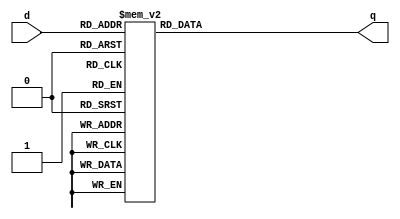
module _3_to_8_decoder(d, q);
input[2:0] d;
output reg[7:0] q;

always@(d) begin
case(d)
3'b000:q=8'b00000001;
3'b001:q=8'b00000010;
3'b010:q=8'b00000100;
3'b011:q=8'b00001000;
3'b100:q=8'b00010000;
3'b101:q=8'b00100000;
3'b110:q=8'b01000000;
3'b111:q=8'b10000000;
default:q=8'hx;
endcase
end
endmodule
module write_operation(Addr, we, to_reg);
input we;
input[2:0] Addr;
output[7:0] to_reg;

wire[7:0] w_a;

// Instance of decoder, 2-input and gates(#8)
_3_to_8_decoder U0_3_to_8_decoder(Addr, w_a);
_and2 U1_and2(we, w_a[0], to_reg[0]);
_and2 U2_and2(we, w_a[1], to_reg[1]);
_and2 U3_and2(we, w_a[2], to_reg[2]);
_and2 U4_and2(we, w_a[3], to_reg[3]);
_and2 U5_and2(we, w_a[4], to_reg[4]);
_and2 U6_and2(we, w_a[5], to_reg[5]);
_and2 U7_and2(we, w_a[6], to_reg[6]);
_and2 U8_and2(we, w_a[7], to_reg[7]);
endmodule